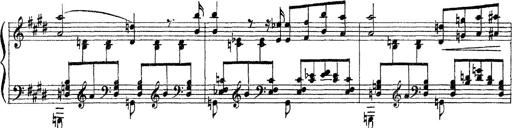
Title: 3 sonetti di Petrarca
Composer: Franz Liszt